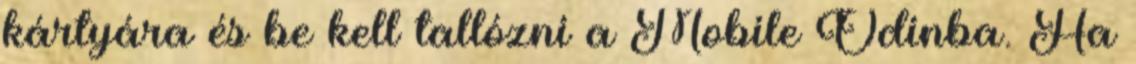
kártyára és be kell tallózni a Mobile Odinba. Ha